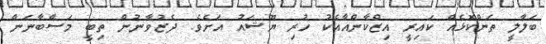
ބަލާލީ ތަންކޮޅެއް ކައިރީ އިޒްކާންއާއެކު ހުރި ޔޫޝައު އަށެވެ. ދެޒުވާނުން ތިބީ މަސްބާނަން